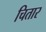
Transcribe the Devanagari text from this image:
चितार